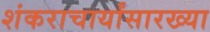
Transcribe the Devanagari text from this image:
शंकराचार्यांसारख्या